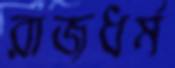
রাজধর্ম